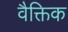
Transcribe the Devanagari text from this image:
वैक्तिक